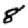
Digit: 8